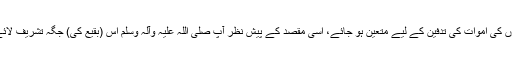
اس وقت رسول اللہ صلی اللہ علیہ وآلہ وسلم نے ارادہ فرمایا کہ کوئی مناسب جگہ مسلمانوں کی اموات کی تدفین کے لیے متعین ہو جائے، اسی مقصد کے پیش نظر آپ صلی اللہ علیہ وآلہ وسلم اس (بقیع کی) جگہ تشریف لائے، تو ارشاد فرمایا، ”مجھے اس جگہ (یعنی بقیع) کا حکم (قبرستان کے لیے) دیا گیا ہے۔